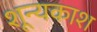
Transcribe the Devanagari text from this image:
शून्यकाश